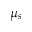
\mu _ { s }